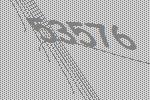
53576